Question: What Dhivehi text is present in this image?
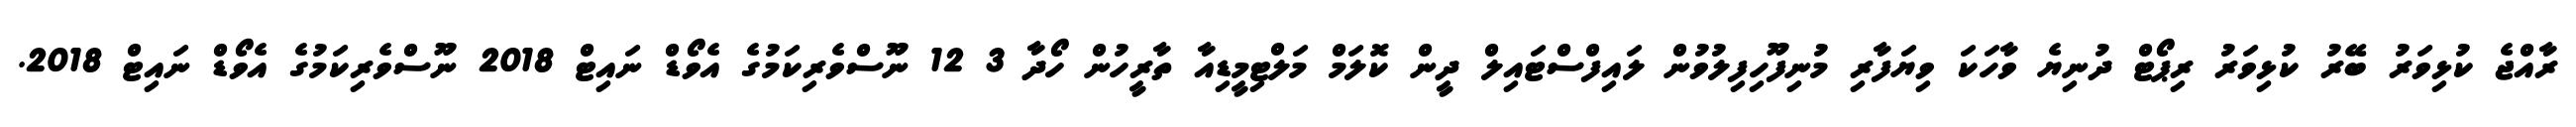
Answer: ރާއްޖެ ކުޅިވަރު ބޭރު ކުޅިވަރު ރިޕޯޓް ދުނިޔެ ވާހަކަ ވިޔަފާރި މުނިފޫހިފިލުވުން ލައިފްސްޓައިލް ދީން ކޮލަމް މަލްޓިމީޑިއާ ތާރީހުން ހޯދާ 3 12 ނޫސްވެރިކަމުގެ އެވޯޑް ނައިޓް 2018 ނޫސްވެރިކަމުގެ އެވޯޑް ނައިޓް 2018.